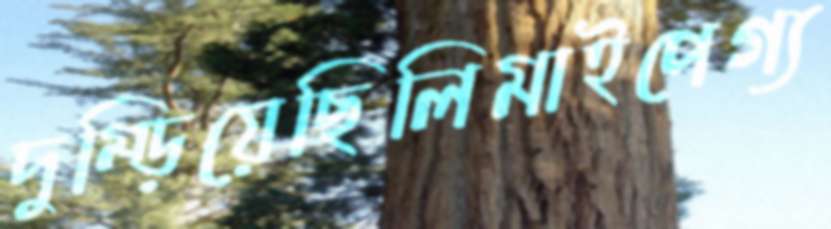
দুম্‌ড়িয়েছিলিমাইপেগ্য